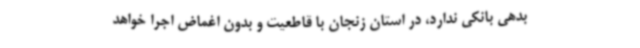
بدهی بانکی ندارد، در استان زنجان با قاطعیت و بدون اغماض اجرا خواهد